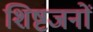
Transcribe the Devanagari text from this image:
शिष्टजनों